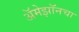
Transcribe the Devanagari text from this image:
अॅमेझॉनचा